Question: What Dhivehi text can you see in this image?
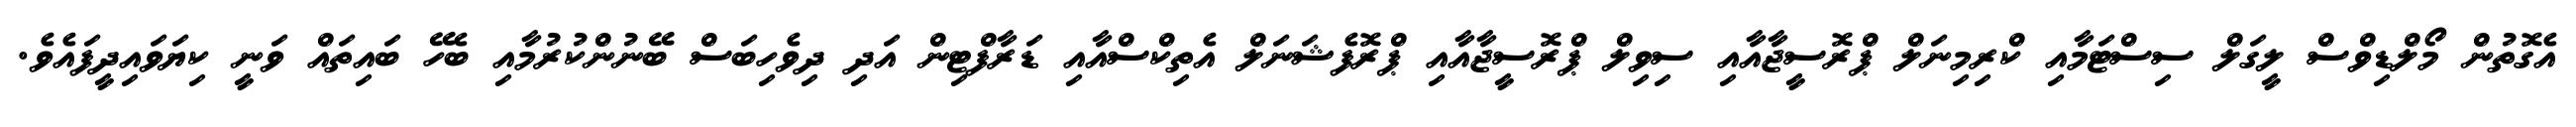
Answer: އެގޮތުން މޯލްޑިވްސް ލީގަލް ސިސްޓަމާއި ކްރިމިނަލް ޕްރޮސީޖާއާއި ސިވިލް ޕްރޮސީޖާއާއި ޕްރޮފެޝަނަލް އެތިކްސްއާއި ޑަރާފްޓިން އަދި ދިވެހިބަސް ބޭނުންކުރުމާއި ބެހޭ ބައިތައް ވަނީ ކިޔަވައިދީފައެވެ.